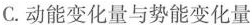
C.动能变化量与势能变化量